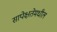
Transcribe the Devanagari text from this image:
सापेक्षतेमधील